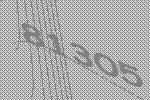
81305